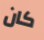
كان